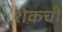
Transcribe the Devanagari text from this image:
शेकची